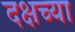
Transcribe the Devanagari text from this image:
दक्षच्या